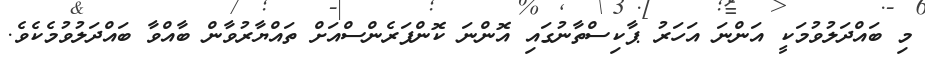
މި ބައްދަލުވުމަކީ އަންނަ އަހަރު ޕާކިސްތާނުގައި އޮންނަ ކޮންފަރެންސްއަށް ތައްޔާރުވާން ބާއްވާ ބައްދަލުވުމެކެވެ.